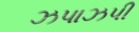
ઝપાઝપી